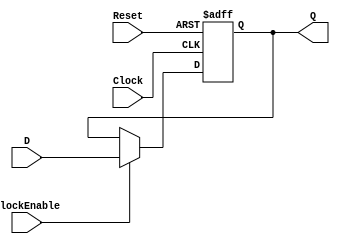
/******************************************************************************
 ** Logisim goes FPGA automatic generated Verilog code                       **
 **                                                                          **
 ** Component : REGISTER_FLIP_FLOP_PC                                        **
 **                                                                          **
 ******************************************************************************/

`timescale 1ns/1ps
module REGISTER_FLIP_FLOP_PC( Clock,
                              ClockEnable,
                              D,
                              Reset,
                              Q);


   parameter ActiveLevel = 1;
   parameter NrOfBits = 32;



   input  Clock;
   input  ClockEnable;
   input[NrOfBits-1:0]  D;
   input  Reset;


   output[NrOfBits-1:0] Q;


   reg[NrOfBits-1:0] s_state_reg;
   reg[NrOfBits-1:0] s_state_reg_neg_edge;

   assign Q = (ActiveLevel) ? s_state_reg : s_state_reg_neg_edge;

   always @(posedge Clock or posedge Reset)
   begin
      if (Reset) s_state_reg <= 0;
      else if (ClockEnable) s_state_reg <= D;
   end
endmodule